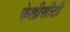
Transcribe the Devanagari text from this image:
फेलीसीटी